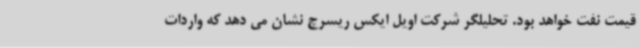
قیمت نفت خواهد بود. تحلیلگر شرکت اویل ایکس ریسرچ نشان می دهد که واردات